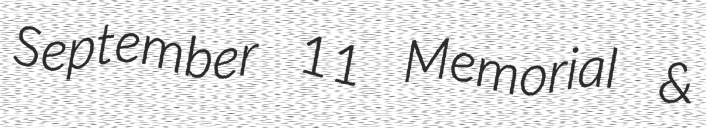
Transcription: September 11 Memorial &